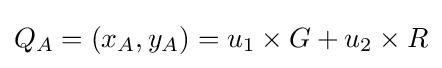
Q_{A}=(x_{A},y_{A})=u_{1}\times G+u_{2}\times R